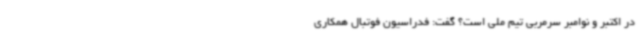
در اکتبر و نوامبر سرمربی تیم ملی است؟ گفت: فدراسیون فوتبال همکاری